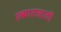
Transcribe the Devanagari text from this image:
एकारासाठी